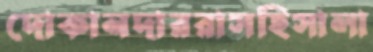
দোকানদাররাসহিসালা